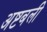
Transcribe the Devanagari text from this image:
अष्टबली